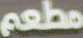
مطعم